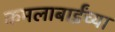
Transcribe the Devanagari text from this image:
कमलाबाईंच्या